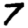
Digit: 7